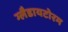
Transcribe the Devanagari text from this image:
ग्लैडायटोरम